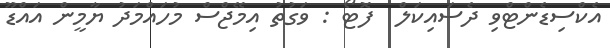
އެކްސިޑެންޓްވި ދެސައިކަލް  ފޮޓޯ : ވަގުތު އިމޭޖްސް މުހައްމަދު ޔާމީން އައްޑޫ